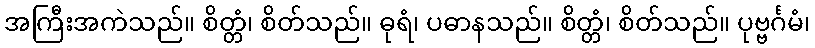
အကြီးအကဲသည်။ စိတ္တံ၊ စိတ်သည်။ ဓုရံ၊ ပဓာနသည်။ စိတ္တံ၊ စိတ်သည်။ ပုဗ္ဗင်္ဂမံ၊